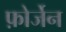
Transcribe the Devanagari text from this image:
फ़ोर्जेन